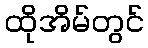
ထိုအိမ်တွင်